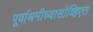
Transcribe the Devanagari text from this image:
पूर्वाश्रमीच्यासोव्हिएत